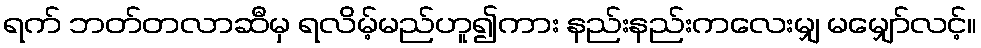
ရက် ဘတ်တလာဆီမှ ရလိမ့်မည်ဟူ၍ကား နည်းနည်းကလေးမျှ မမျှော်လင့်။